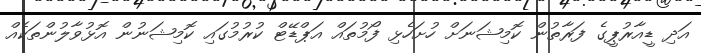
އަދި ޑީއާރުޕީގެ ފަރާތުން ކޮމިޝަނަށް ހުށަހެޅި ފޯމުތައް އަޕްޑޭޓް ކުރުމުގައި ކޮމިޝަނުން އޮޅުވާލުންތަކެއް